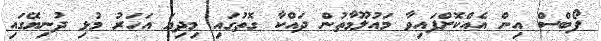
ފޯބްސް އިން އެއްކޮށްފައިވާ މައުލޫމާތުން ދައްކާ ގޮތުގައި މިދިޔަ އަހަރު މުޅި ދުނިޔޭގައި